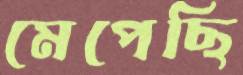
মেপেছি